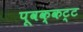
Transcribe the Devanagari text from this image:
पूवक्कट्ट